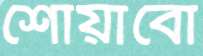
শোয়াবো